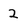
Character: 2